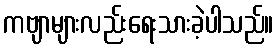
ကဗျာများလည်းရေးသားခဲ့ပါသည်။